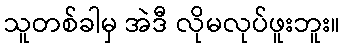
သူတစ်ခါမှ အဲဒီ လိုမလုပ်ဖူးဘူး။